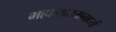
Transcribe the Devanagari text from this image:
महाभारतामध्यें